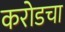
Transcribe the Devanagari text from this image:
करोडचा